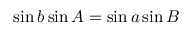
\sin b \sin A = \sin a \sin B